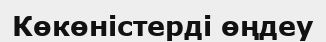
Көкөністерді өңдеу